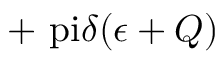
+ \mathrm { \ p i } \delta ( \epsilon + Q )